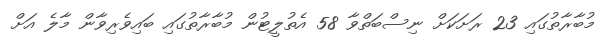
މުބާރާތުގައި 23 ރަށަކަށް ނިސްބަތްވާ 58 އެތުލީޓުން މުބާރާތުގައި ބައިވެރިވާން މާލެ އަށް